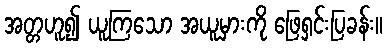
အတ္တဟူ၍ ယူကြသော အယူမှားကို ဖြေရှင်းပြခန်း။